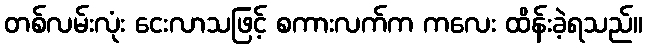
တစ်လမ်းလုံး ငေးလာသဖြင့် စကားလက်က ကလေး ထိန်းခဲ့ရသည်။